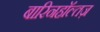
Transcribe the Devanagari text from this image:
बारिनहाॅल्तज़